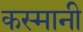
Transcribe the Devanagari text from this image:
कस्मानी